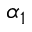
\alpha _ { 1 }